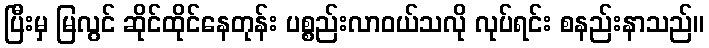
ပြီးမှ မြလွင် ဆိုင်ထိုင်နေတုန်း ပစ္စည်းလာဝယ်သလို လုပ်ရင်း စနည်းနာသည်။